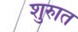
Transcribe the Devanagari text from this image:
शुरुात